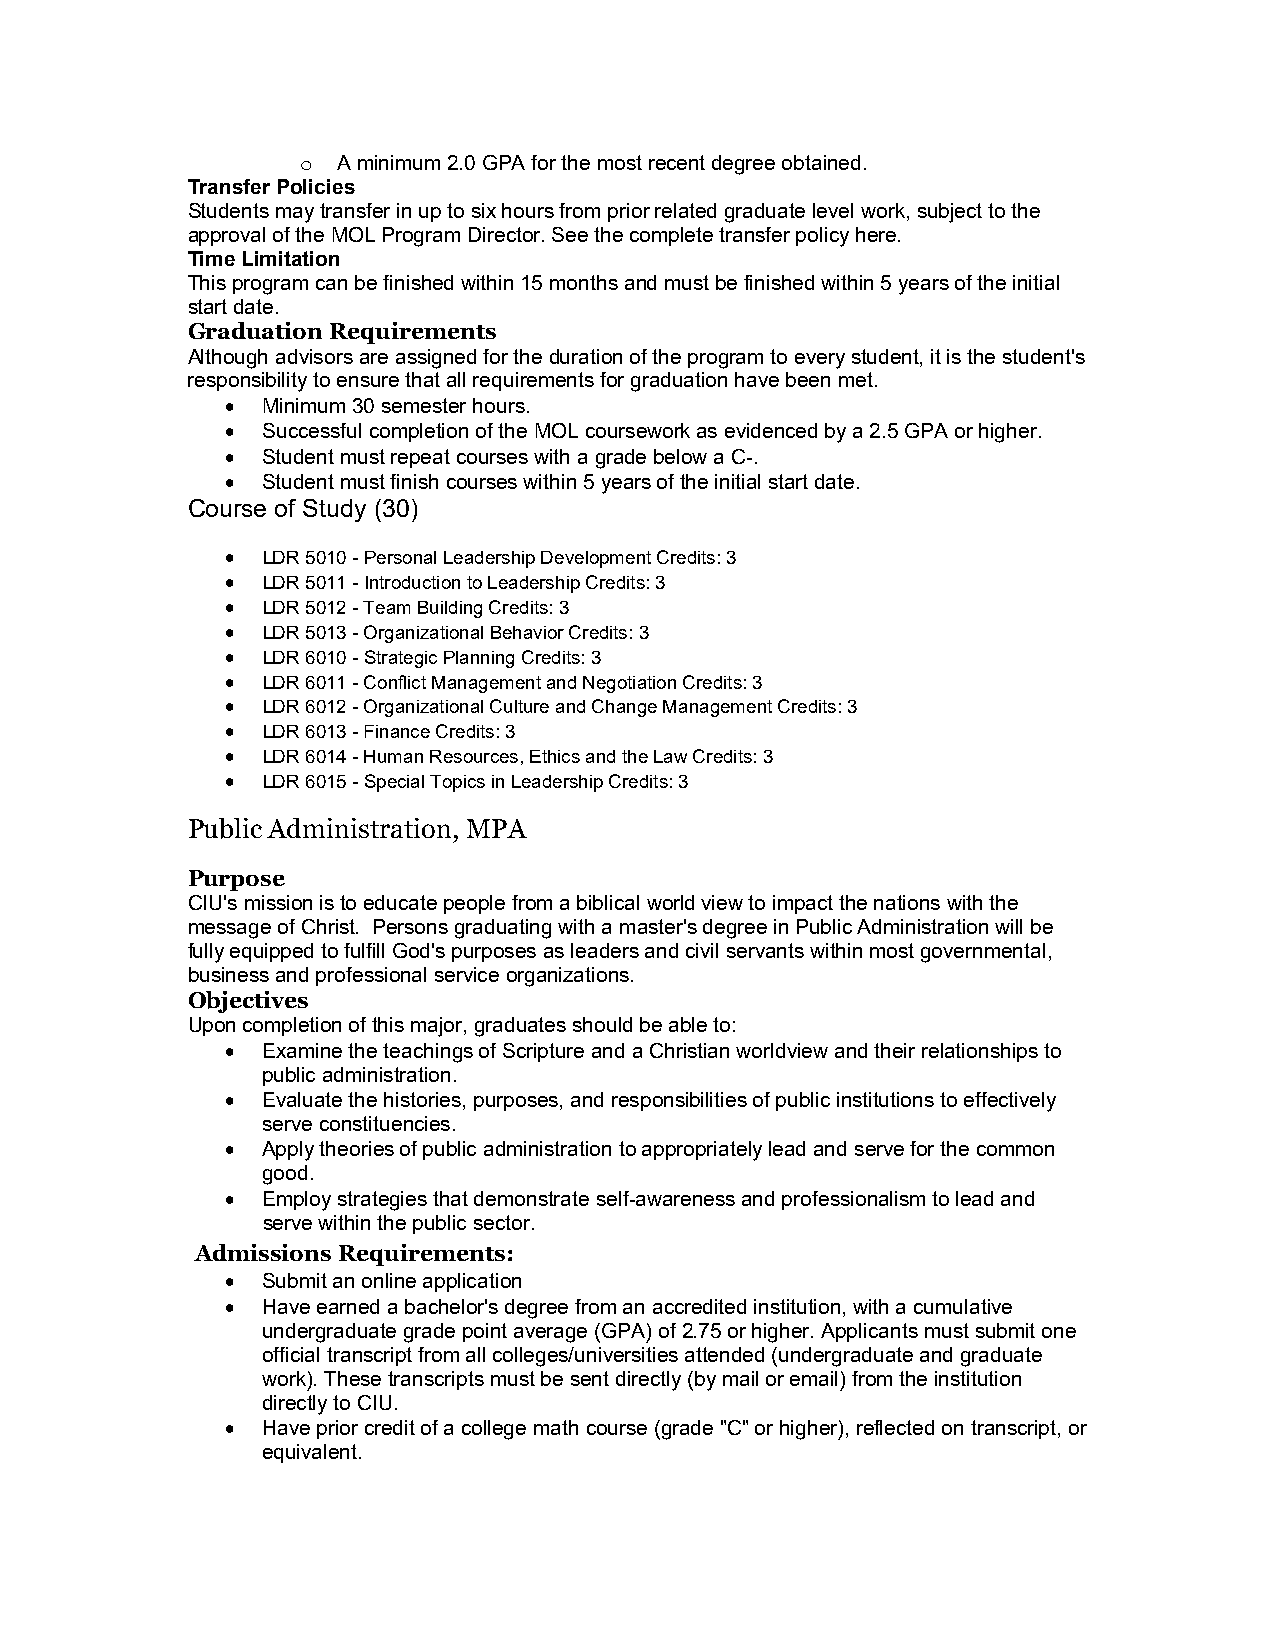
o A minimum 2.0 GPA for the most recent degree obtained.
 Transfer Policies
 Students may transfer in up to six hours from prior related graduate level work, subject to the
 approval of the MOL Program Director. See the complete transfer policy here.
 Time Limitation
 This program can be finished within 15 months and must be finished within 5 years of the initial
 start date.
 Graduation Requirements
 Although advisors are assigned for the duration of the program to every student, it is the student's
 responsibility to ensure that all requirements for graduation have been met.
  Minimum 30 semester hours.
  Successful completion of the MOL coursework as evidenced by a 2.5 GPA or higher.
  Student must repeat courses with a grade below a C-.
  Student must finish courses within 5 years of the initial start date.
 Course of Study (30)
  LDR 5010 - Personal Leadership Development Credits: 3
  LDR 5011 - Introduction to Leadership Credits: 3
  LDR 5012 - Team Building Credits: 3
  LDR 5013 - Organizational Behavior Credits: 3
  LDR 6010 - Strategic Planning Credits: 3
  LDR 6011 - Conflict Management and Negotiation Credits: 3
  LDR 6012 - Organizational Culture and Change Management Credits: 3
  LDR 6013 - Finance Credits: 3
  LDR 6014 - Human Resources, Ethics and the Law Credits: 3
  LDR 6015 - Special Topics in Leadership Credits: 3
 Public Administration, MPA
 Purpose
 CIU's mission is to educate people from a biblical world view to impact the nations with the
 message of Christ. Persons graduating with a master's degree in Public Administration will be
 fully equipped to fulfill God's purposes as leaders and civil servants within most governmental,
 business and professional service organizations.
 Objectives
 Upon completion of this major, graduates should be able to:
  Examine the teachings of Scripture and a Christian worldview and their relationships to
 public administration.
  Evaluate the histories, purposes, and responsibilities of public institutions to effectively
 serve constituencies.
  Apply theories of public administration to appropriately lead and serve for the common
 good.
  Employ strategies that demonstrate self-awareness and professionalism to lead and
 serve within the public sector.
 Admissions Requirements:
  Submit an online application
  Have earned a bachelor's degree from an accredited institution, with a cumulative
 undergraduate grade point average (GPA) of 2.75 or higher. Applicants must submit one
 official transcript from all colleges/universities attended (undergraduate and graduate
 work). These transcripts must be sent directly (by mail or email) from the institution
 directly to CIU.
  Have prior credit of a college math course (grade "C" or higher), reflected on transcript, or
 equivalent.